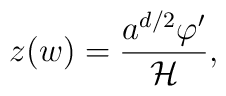
z(w) = \frac{a^{d/2} \varphi'}{{\cal H}},